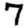
Digit: 7